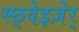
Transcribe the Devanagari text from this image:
स्छ्वेइज़ेर्